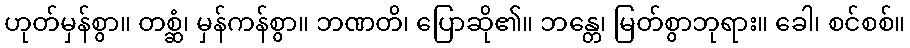
ဟုတ်မှန်စွာ။ တစ္ဆံ၊ မှန်ကန်စွာ။ ဘဏတိ၊ ပြောဆို၏။ ဘန္တေ၊ မြတ်စွာဘုရား။ ခေါ၊ စင်စစ်။